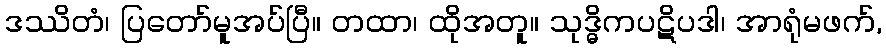
ဒဿိတံ၊ ပြတော်မူအပ်ပြီ။ တထာ၊ ထိုအတူ။ သုဒ္ဓိကပဋိပဒါ၊ အာရုံမဖက်,